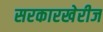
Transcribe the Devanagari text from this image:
सरकारखेरीज